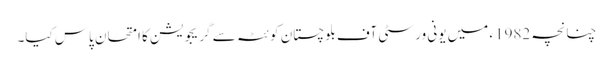
چنانچہ 1982ء میں یونی ورسٹی آف بلوچستان کوئٹہ سے گریجویشن کا امتحان پاس کیا۔